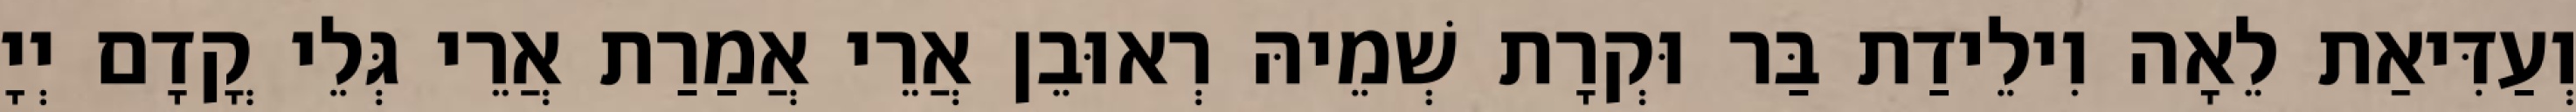
וְעַדִּיאַת לֵאָה וִילֵידַת בַּר וּקְרָת שְׁמֵיהּ רְאוּבֵן אֲרֵי אֲמַרַת אֲרֵי גְּלֵי קֳדָם יְיָ